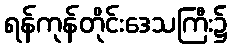
ရန်ကုန်တိုင်းဒေသကြီး၌